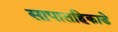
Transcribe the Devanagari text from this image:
सापातहिकाडे